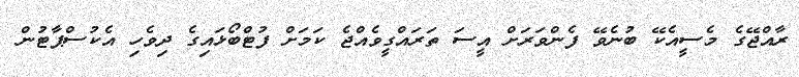
ރާއްޖޭގެ މެސީއެކޭ ބުނެވޭ ފެންވަރަށް އީސަ ތަރައްގީވެއްޖެ ކަމަށް ފުޓްބޯޅައިގެ ދިވެހި އެކުސްޕާޓުން